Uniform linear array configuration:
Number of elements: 64
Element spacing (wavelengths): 0.75
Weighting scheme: uniform
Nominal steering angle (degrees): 15
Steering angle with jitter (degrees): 16.1
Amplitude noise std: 0.05
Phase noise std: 0.05

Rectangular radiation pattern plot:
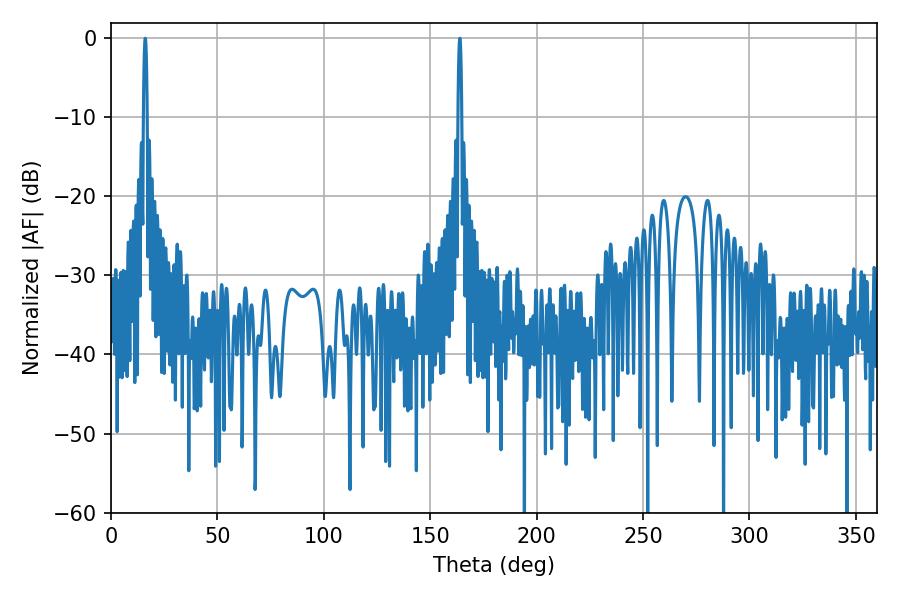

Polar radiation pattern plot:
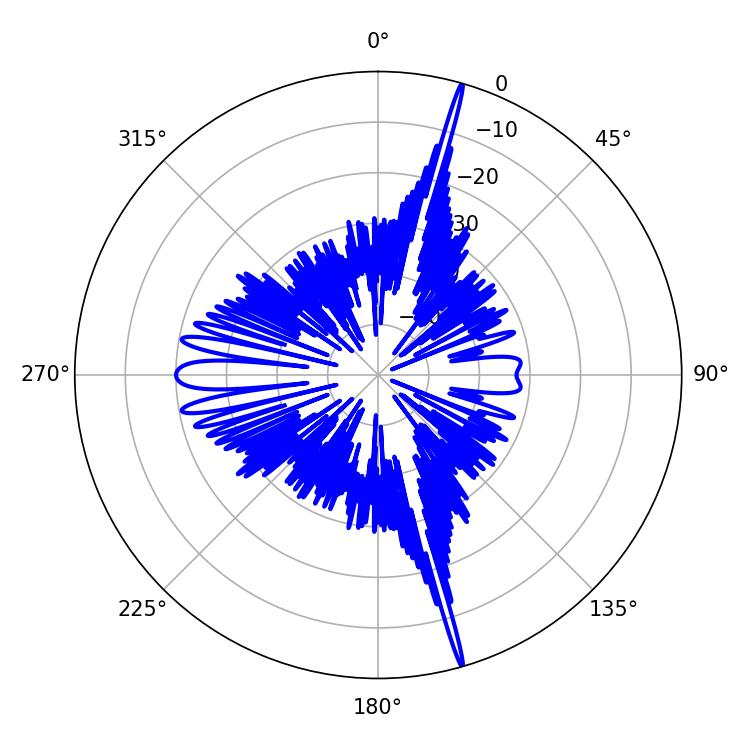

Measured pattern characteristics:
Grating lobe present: TRUE
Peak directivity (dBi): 23.479
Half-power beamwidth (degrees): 0.9
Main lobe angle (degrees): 16.02